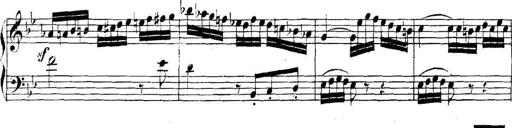
Title: Collected Piano Sonatas
Composer: Muzio Clementi